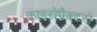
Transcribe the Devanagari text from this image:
काइरोप्रैक्टरों